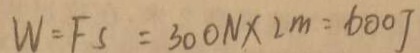
W = F S = 3 0 0 N \times 2 m = 6 0 0 J